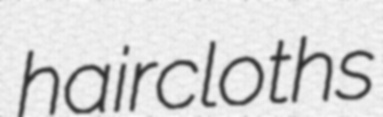
haircloths